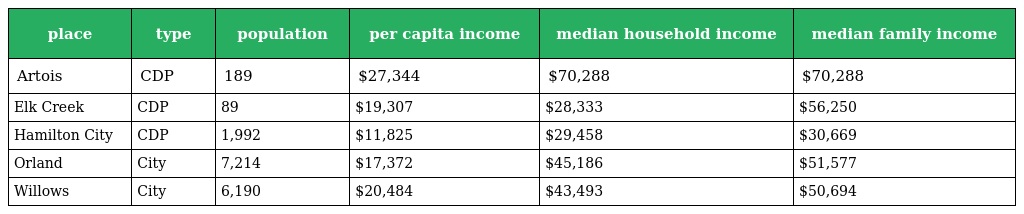
| place | type | population | per capita income | median household income | median family income |
 | --- | --- | --- | --- | --- | --- |
 | Artois | CDP | 189 | $27,344 | $70,288 | $70,288 |
 | Elk Creek | CDP | 89 | $19,307 | $28,333 | $56,250 |
 | Hamilton City | CDP | 1,992 | $11,825 | $29,458 | $30,669 |
 | Orland | City | 7,214 | $17,372 | $45,186 | $51,577 |
 | Willows | City | 6,190 | $20,484 | $43,493 | $50,694 |